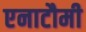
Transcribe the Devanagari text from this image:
एनाटौमी